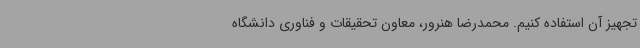
تجهیز آن استفاده کنیم. محمدرضا هنرور، معاون تحقیقات و فناوری دانشگاه